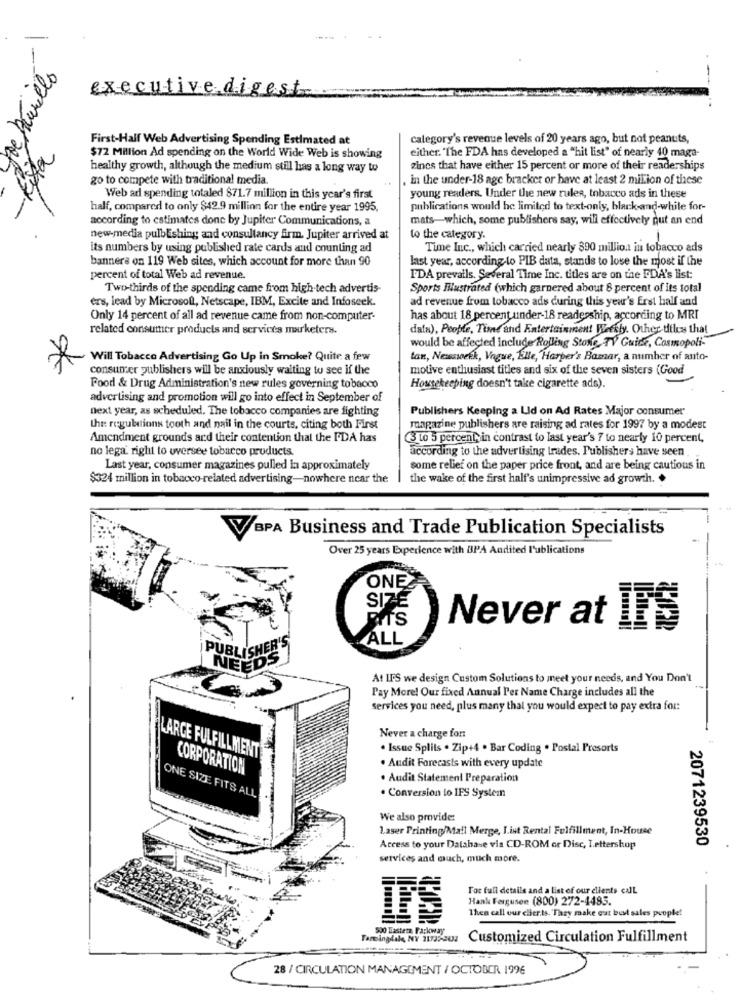
De Auriello
-
executive digest
First-Half Web Advertising Spending Estimated at
category's revenue levels of 20 years ago, but not peanuts,
Esta
$72 Million Ad spending on the World Wide Web is showing
either. "The FDA has developed a "hit list" of nearly 40 maga-
healthy growth, although the medium still has a long way to
zincs that have either 15 percent or more of their readerships
go to compete with traditional media.
, in the under-18 age bracket or have at least 2 million of these
Web ad spending totaled $71.7 million in this year's first
young readers. Under the new rules, tobacco ads in these
half, compared to only $42.9 million for the entire year 1995,
publications would hc limited to text-only, black-and-white for-
according to estimates done by Jupiter Communications, a
mats-which, some publishers say, will effectively put an end
new-media pulbEshing and consultancy firm. Jupiter arrived at
to the category.
its numbers by using published rate cards and counting ad
Time Inc ., which carried nearly $90 million in tobacco ads
banners on 119 Web sites, which account for more than 90
last year, according to PIB data, stands to lose the most if the
percent of total Web ad revenue.
I'DA prevails. Several Time Inc. titles are on the FDA's list:
Two-thirds of the spending came from high tech advertis-
Sports Illustrated (which garnered about 8 percent of its total
ers, lead by Microsoft, Netscape, IBM, Excite and Infoseek.
ad revenue from tobacco ads during this year's Erst half and
Only 14 percent of all ad revenue came from non-computer-
has about 18 percent under-18 readership, according to MRI
related consumer products and services marketers.
data), People, Tind and Entertainment Weekly. Other diles that
would be affected Include Rolling Stone, TV Guide, Cosmopoli-"
Will Tobacco Advertising Go Up in Smoke? Quite a few
tan, Newsweek, Vogue, Elle, Harper's Bazar, a number of auto-
consumer publishers will be anxiously waiting to see if the
motive enthusiast titles and six of the seven sisters (Good
Food & Drug Administration's new rules governing tobacco
Housekeeping doesn't take cigarette ads).
advertising and promotion will go into effect in September of
next year, as scheduled. The tobacco companies are fighting
Publishers Keeping a Lid on Ad Rates Major consumer
the regulations tooth and nail in the courts, citing both First
magazine publishers are raising ad rates for 1997 by a modest
Amendment grounds and their contention that the FDA has
3 to 5 percent, in contrast to last year's 7 to nearly 10 percent,
no lega' right to oversee tobacco products.
according to the advertising trades. Publishers have seen
Last year, consumer magazines pulled la approximately
some relief on the paper price front, and are being cautious in
$324 million in tobacco-related advertising-nowhere near the
the wake of the first half's unimpressive ad growth. .
BPA Business and Trade Publication Specialists
Over 25 years Experience with BPA Audited l'ublications
ONE
SIZE
RITS
Never at
IF'S
ALL
PUBLISHER
NEEDS
At IF'S we design Custom Solutions to meet your needs, and You Don't
Pay More! Our fixed Annual Per Name Charge includes all the
services you need, plus many that you would expect to pay extra for:
Never a charge for
. Issue Splits . Zip+4 . Bar Coding . Postal Presorts
LARGE FULFILLMENT
CORPORATION
. Audit Forecasts with every update
. Audit Statement Preparation
ONE SIZE FITS ALL
. Conversion to IFS Systemn
We also provide:
Laser Printing/Mail Merge, I.ist Rental Fulfillment, In-House
2071239530
Access to your Database via CD-ROM or Disc, I.ettershop
services and much, much more.
For full details and a list of our clients culL
Hank Fergusen (800) 272-4485.
IFS
Then call our cier.ts. They make our best sales people!
500 Eastern Parkway
Farmingdale, NY 11735-2432
Customized Circulation Fulfillment
28 / CIRCULATION MANAGEMENT / OCTOBER 1996